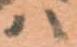
ハ